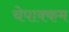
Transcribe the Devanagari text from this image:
चेपाक्कम